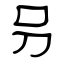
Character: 叧